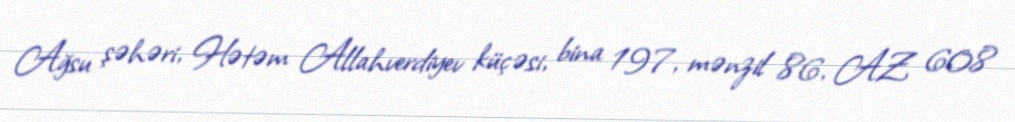
Ağsu şəhəri, Hətəm Allahverdiyev küçəsi, bina 197, mənzil 86, AZ 608